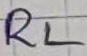
Text: RL